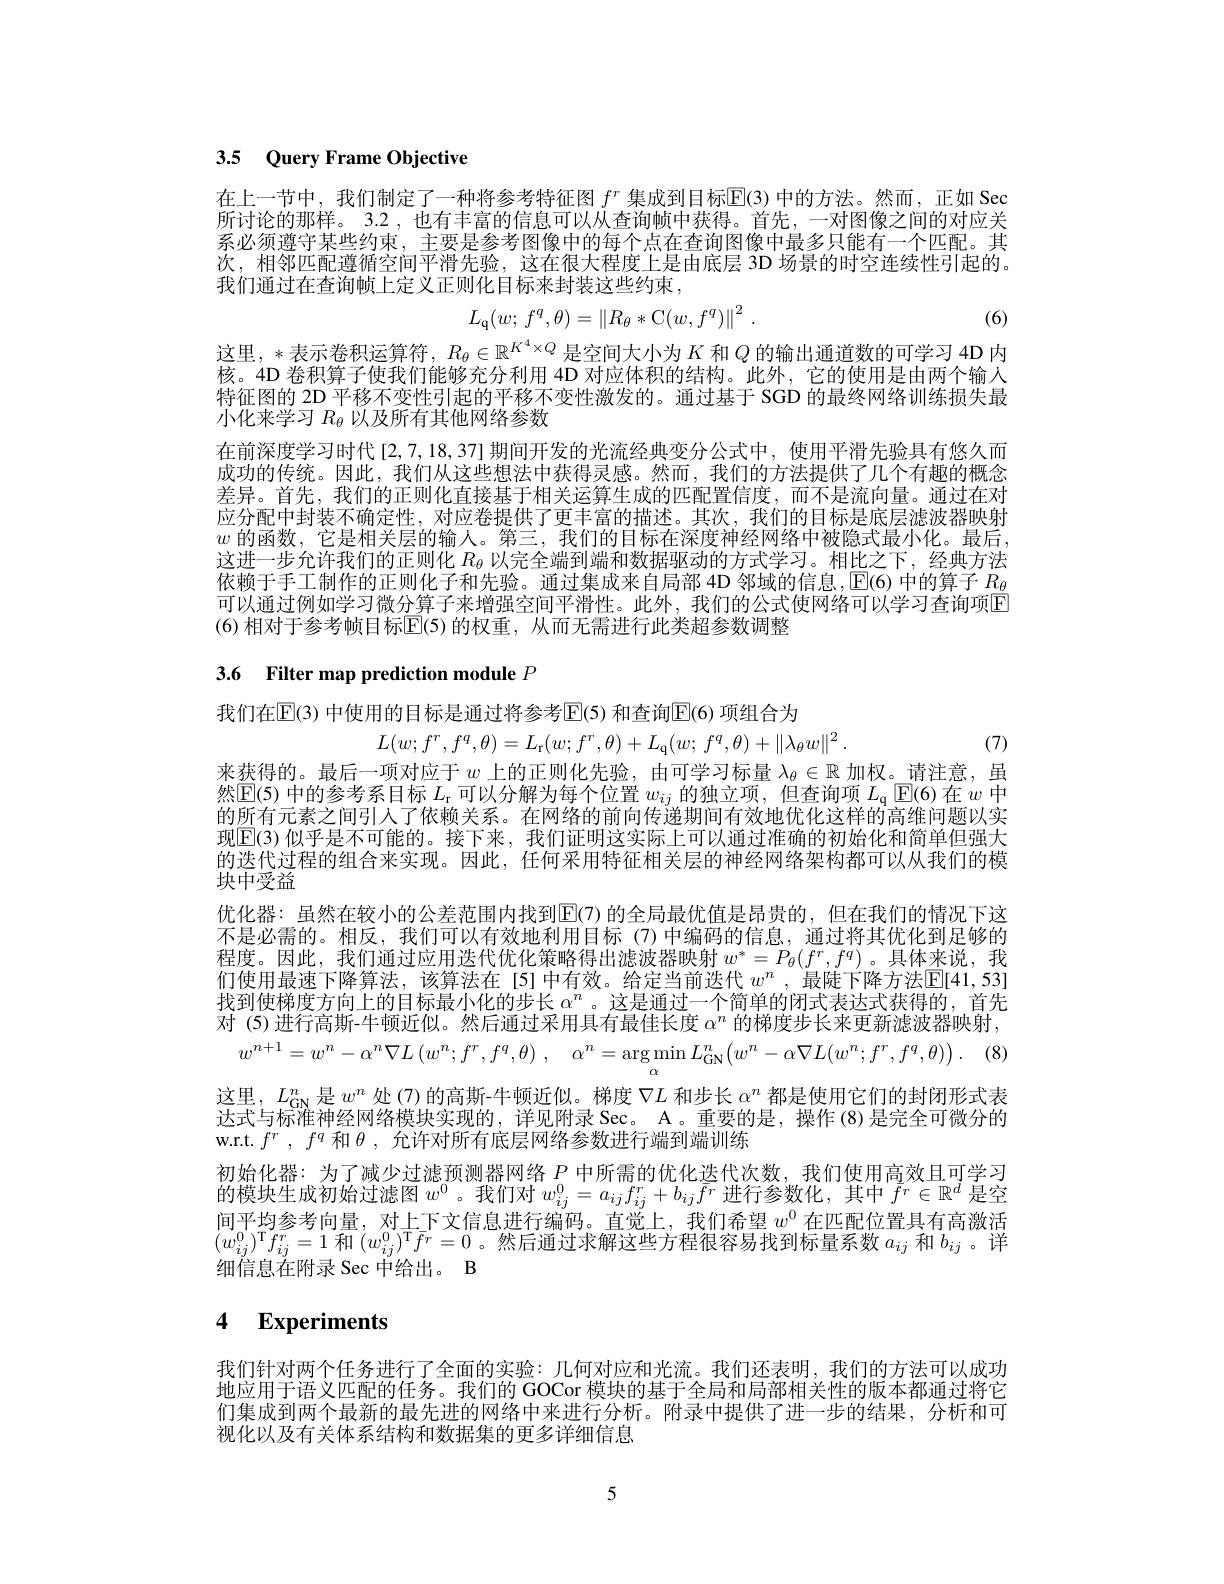
# 3.5 Query Frame Objective

在上一节中，我们制定了一种将参考特征图$f^r$集成到目标$\underline{\mathrm{E}}(3)$中的方法。然而，正如 Sec 所讨论的那样。3.2 ,也有丰富的信息可以从查询帧中获得。首先，一对图像之间的对应关系必须遵守某些约束，主要是参考图像中的每个点在查询图像中最多只能有一个匹配。其次，相邻匹配遵循空间平滑先验，这在很大程度上是由底层 3D 场景的时空连续性引起的。我们通过在查询帧上定义正则化目标来封装这些约束，
$$L_{\mathrm{q}}(w;\:f^q,\theta)=\left\|R_\theta*\mathrm{C}(w,f^q)\right\|^2\:.$$
(6)

这里，*表示卷积运算符$,R_\theta\in\mathbb{R}^{K^4\times Q}$是空间大小为$K$ 和$Q$ 的输出通道数的可学习 4D 内核。4D 卷积算子使我们能够充分利用 4D 对应体积的结构。此外，它的使用是由两个输入特征图的 2D 平移不变性引起的平移不变性激发的。通过基于 SGD 的最终网络训练损失最小化来学习$R_\theta$以及所有其他网络参数

在前深度学习时代[2,7,18,37] 期间开发的光流经典变分公式中，使用平滑先验具有悠久而成功的传统。因此，我们从这些想法中获得灵感。然而，我们的方法提供了几个有趣的概念差异。首先，我们的正则化直接基于相关运算生成的匹配置信度，而不是流向量。通过在对应分配中封装不确定性，对应卷提供了更丰富的描述。其次，我们的目标是底层滤波器映射$w$的函数，它是相关层的输入。第三，我们的目标在深度神经网络中被隐式最小化。最后， 这进一步允许我们的正则化$R_\mathrm{\theta}$以完全端到端和数据驱动的方式学习。相比之下，经典方法依赖于手工制作的正则化子和先验。通过集成来自局部 4D 邻域的信息，$\boxed{\mathrm{E}(6)\text{ 中的算子 }R_{\theta}}$ 可以通过例如学习微分算子来增强空间平滑性。此外，我们的公式使网络可以学习查询项E (6)相对于参考帧目标$\overline{\mathbb{E}}$(5)的权重，从而无需进行此类超参数调整

# 3.6 Filter map prediction module $P$

(7)

我们在$\mathbb{E}(3)$ 中使用的目标是通过将参考$\mathbb{E}(5)$ 和查询$\mathbb{E}(6)$ 项组合为
$$L(w;f^r,f^q,\theta)=L_\mathrm{r}(w;f^r,\theta)+L_\mathrm{q}(w;f^q,\theta)+\|\lambda_\theta w\|^2.$$
来获得的。最后一项对应于$w$上的正则化先验，由可学习标量$\lambda_\theta\in\mathbb{R}$加权。请注意，虽然$\operatorname{E}$(5) 中的参考系目标$L_\mathrm{r}$可以分解为每个位置$w_ij$的独立项，但查询项$L_\mathrm{q}\operatorname{E}$(6)在$w$中的所有元素之间引入了依赖关系。在网络的前向传递期间有效地优化这样的高维问题以实现$\mathbb{E}(3)$ 似乎是不可能的。接下来，我们证明这实际上可以通过准确的初始化和简单但强大的迭代过程的组合来实现。因此，任何采用特征相关层的神经网络架构都可以从我们的模块中受益
优化器：虽然在较小的公差范围内找到$\mathbb{E}(7)$ 的全局最优值是昂贵的，但在我们的情况下这不是必需的。相反，我们可以有效地利用目标(7)中编码的信息，通过将其优化到足够的程度。因此，我们通过应用迭代优化策略得出滤波器映射$w^*=P_\theta(f^r,f^q)$。具体来说，我们使用最速下降算法，该算法在[5]中有效。给定当前迭代 $w^n$ , 最陡下降方法$\mathbb{E}[41,53]$ 找到使梯度方向上的目标最小化的步长$\alpha^n$ 。这是通过一个简单的闭式表达式获得的，首先对 (5)进行高斯-牛顿近似。然后通过采用具有最佳长度$\alpha^n$的梯度步长来更新滤波器映射，
$$w^{n+1}=w^{n}-\alpha^{n}\nabla L\left(w^{n};f^{r},f^{q},\theta\right),\quad\alpha^{n}=\arg\operatorname*{min}_{\alpha}L_{\mathrm{GN}}^{n}\Big(w^{n}-\alpha\nabla L(w^{n};f^{r},f^{q},\theta)\Big)\:.$$
这里，$L_\mathrm{GN}^n$是$w^n$处(7)的高斯-牛顿近似。梯度$\nabla L$和步长$\alpha^n$都是使用它们的封闭形式表达式与标准神经网络模块实现的，详见附录 Sec。A 。重要的是，操作 (8)是完全可微分的w.r.t.$f^r,f^q$和$\theta$,允许对所有底层网络参数进行端到端训练
初始化器：为了减少过滤预测器网络$P$中所需的优化迭代次数，我们使用高效且可学习的模块生成初始过滤图$w^0$。我们对$w_{ij}^0=a_{ij}f_{ij}^r+b_{ij}\bar{f}^r$进行参数化，其中$\tilde{f}^r\in\mathbb{R}^d$是空间平均参考向量，对上下文信息进行编码。直觉上，我们希望$w^{0}$在匹配位置具有高激活$(w_{ij}^{0})^{\mathrm{T}}f_{ij}^{r}=1$和$(w_{ij}^{0})^{\mathrm{T}}\bar{f}^{r}=0$。然后通过求解这些方程很容易找到标量系数$a_{ij}$和$b_{ij}$ 。详细信息在附录 Sec 中给出。B

# 4 Experiments

我们针对两个任务进行了全面的实验：几何对应和光流。我们还表明，我们的方法可以成功地应用于语义匹配的任务。我们的 GOCor 模块的基于全局和局部相关性的版本都通过将它们集成到两个最新的最先进的网络中来进行分析。附录中提供了进一步的结果，分析和可视化以及有关体系结构和数据集的更多详细信息

5